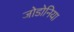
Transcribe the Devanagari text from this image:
जोडोनिया